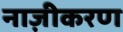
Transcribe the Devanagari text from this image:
नाज़ीकरण